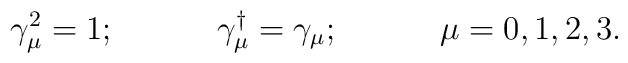
\gamma_{\mu}^{2}=1; \hspace{0.5in} \gamma_{\mu}^{\dag}=\gamma_{\mu}; \hspace{0.5in} \mu=0,1,2,3.